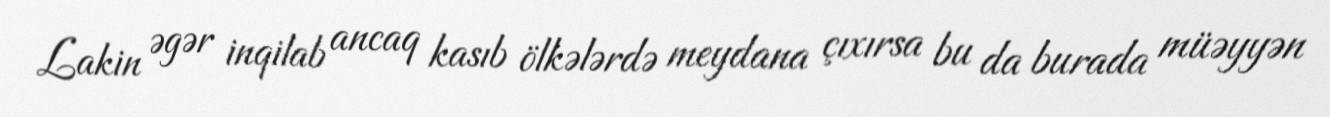
Lakin əgər inqilab ancaq kasıb ölkələrdə meydana çıxırsa bu da burada müəyyən